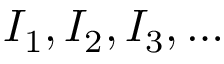
I _ { 1 } , I _ { 2 } , I _ { 3 } , \ldots